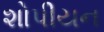
શોપીયન